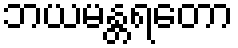
ဘယမန္တရတော